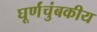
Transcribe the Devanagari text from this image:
घूर्णंचुंबकीय